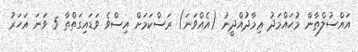
އައްސުލްޠާން މުޙައްމަދު ޢިމާދުއްދީނު (އެއްވަނަ) ރަސްކަމަށް އިސްވެ ވަޑައިގަތްތާ 5 ވަނަ އަހަރު